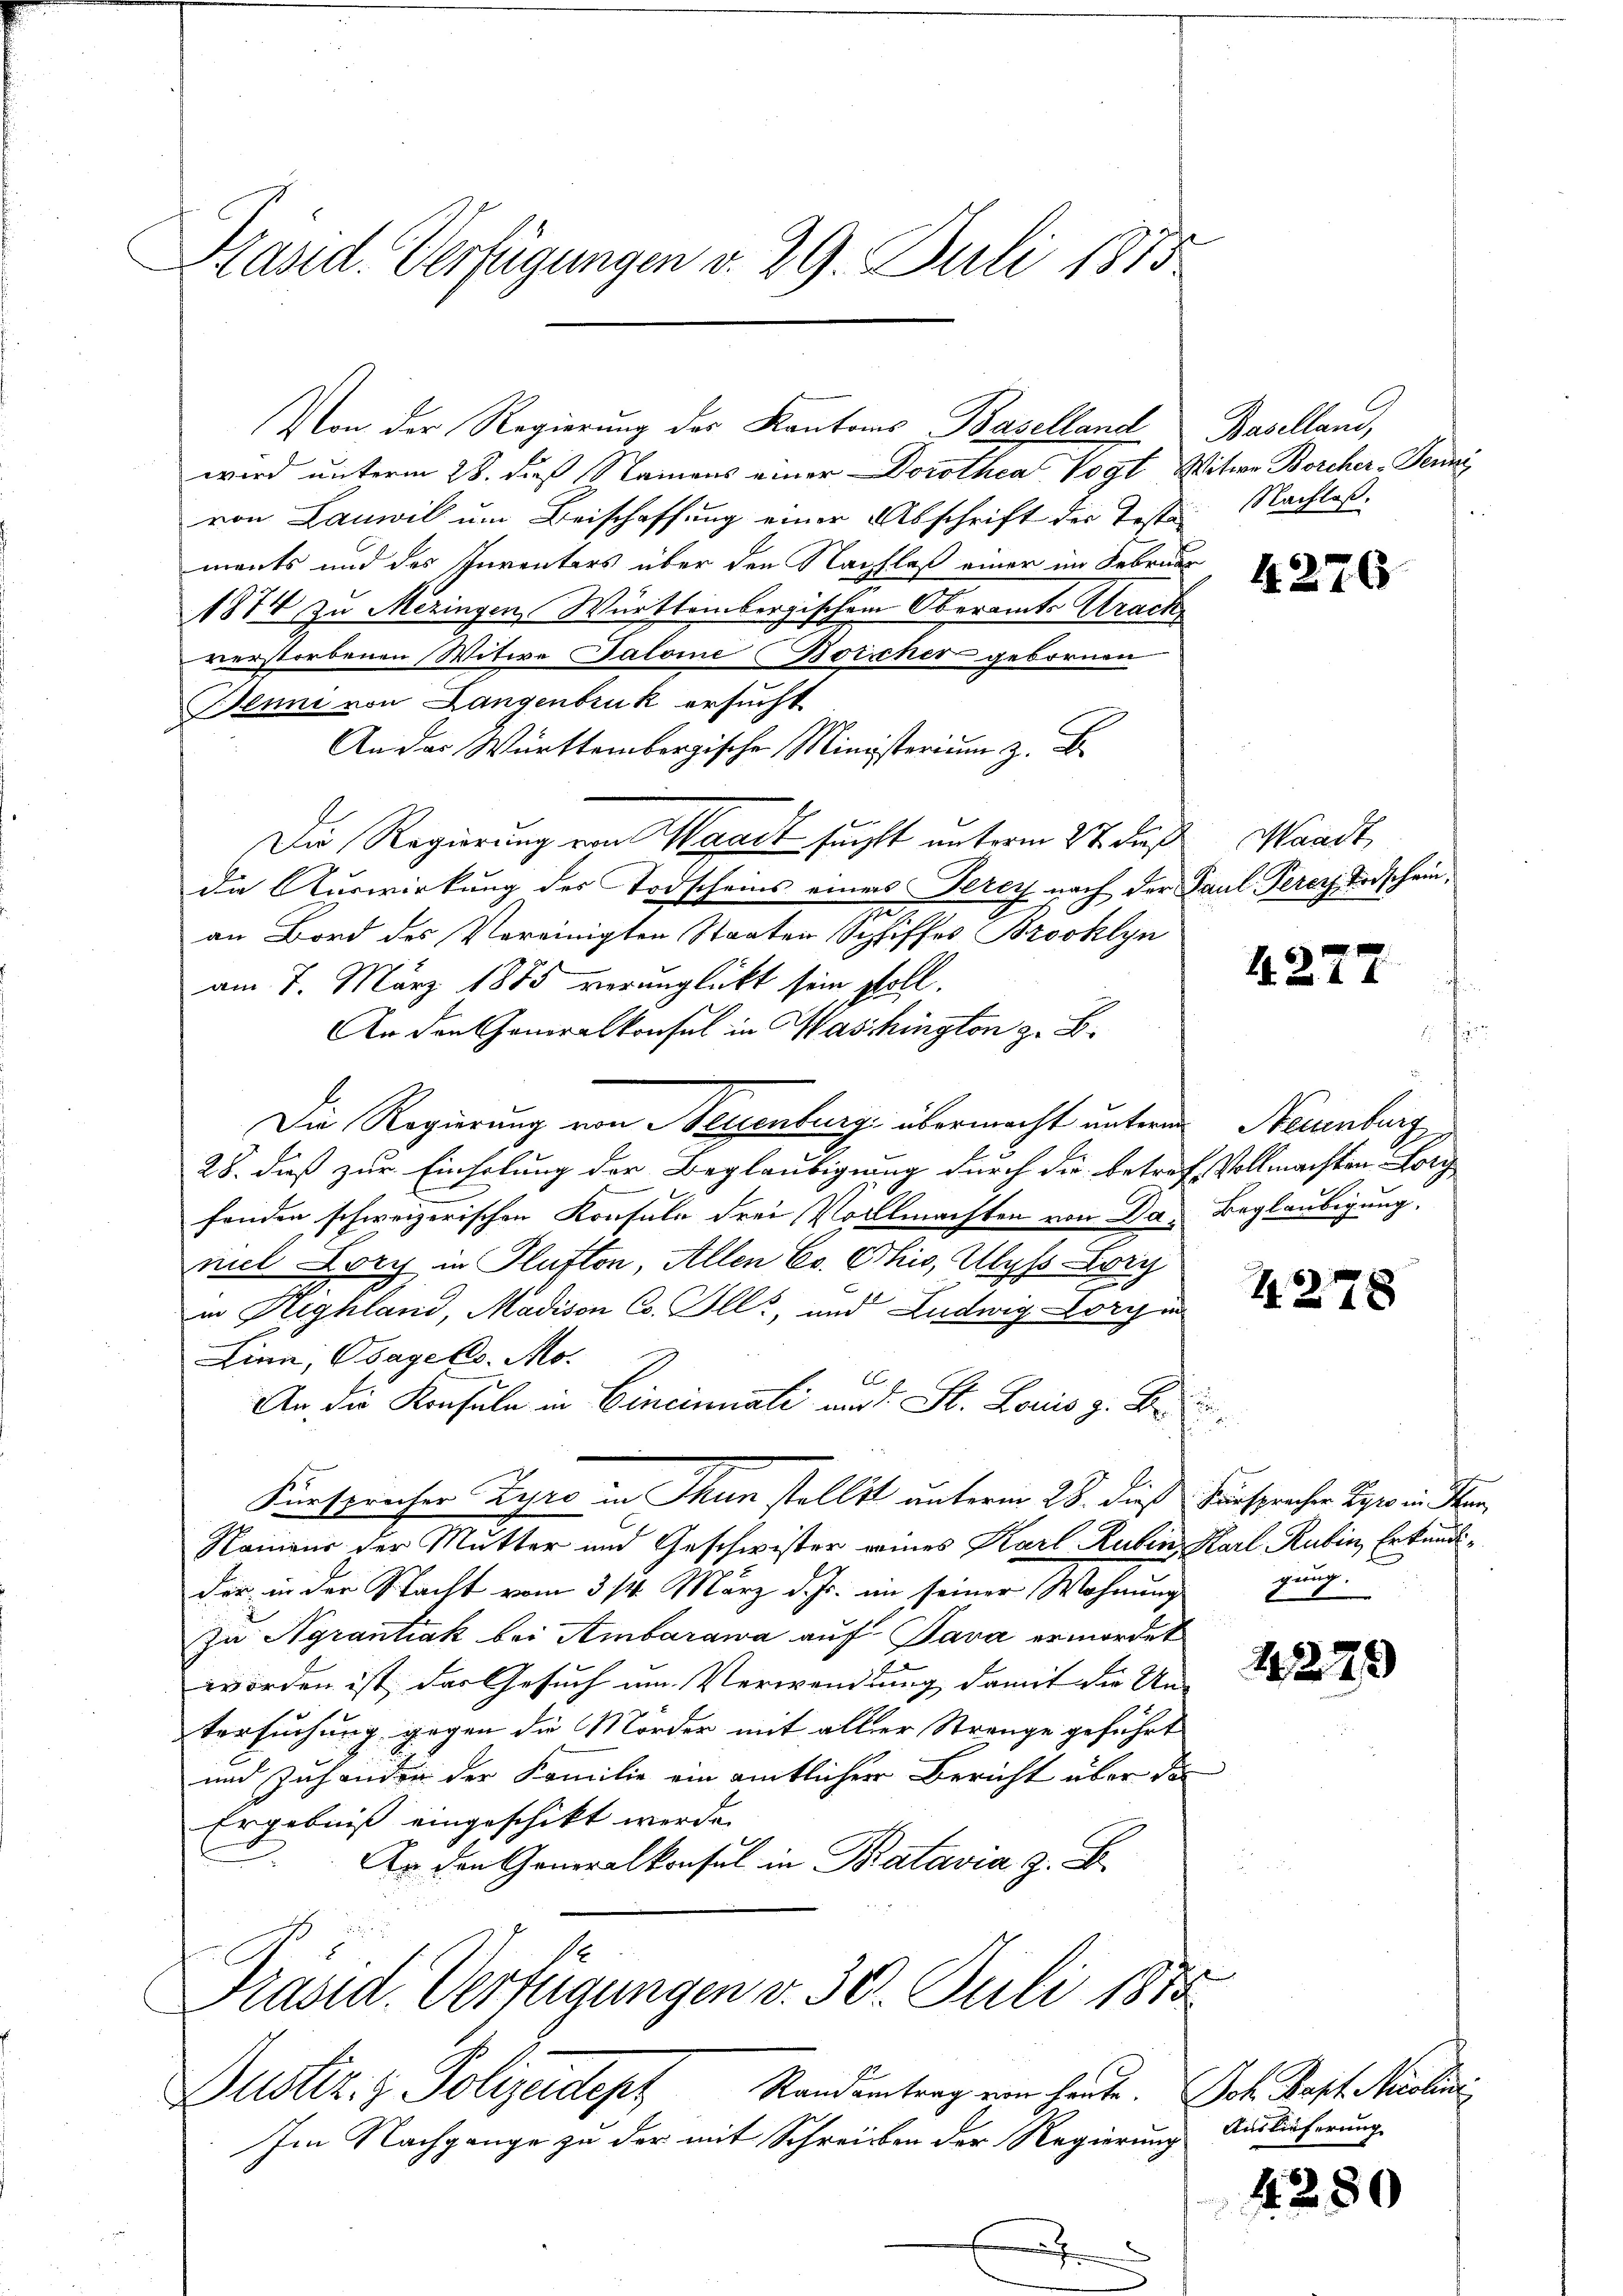
Präsid. Verfügungen v. 29. Juli 1873

Von der Regierung des Kantons Baselland Baselland,
wird unterm 28. dieß Namens einer Dorothea Vogt Witwe Borcher-Termi
von Lanwil um Beischaffung einer Abschrift der Teste Nachlaß
ments und des Inventers über den Nachlaß einer im Februar
1874 zu Meringen, Württembergischem Oberamts Arack
verstorbenen Witwe Salome Boischer gebornen
Benni von Langenbruk ersucht
An das Württembergischen Ministerium z. B.
Die Regierung von Waadt sucht unterm 27. daß Waadt,
die Auswirkung der Todscheins eines Terey nach der Paul Perer Todschein,
an Bord des Vereinigten Staaten Schiffes Brooklyn
am 7. März 1885 verunglückt sein soll.
An den Generalkonsul in Waschington z. B.
Die Regierung von Neuenburg übermacht unterm Neuenburg,
28. daß zur Einholung der Beglaubigung durch die betref Vollmachten Lorg
fonden schweizerischen Konsula drei Vollmachten von Das Beglaubigung,
niel Lory in Hufton, Allen Co. Ohio, Ulyss Lorz
in Highland, Madison Co. Ill., und Ludwig Lori in
Linn, Obagels. Mo.
C
An die Konsula in Cincinuati am 1. St. Loris z. B.
Fürsprechen Zyro in Thun stellt unterm 28. dieß Fürspracher Beer in Stan
Romens der Mutter und Geschwister reines Karl Ruben, Karl Rubin, Erkundider in der Stacht vom 314. März d. Js. im seiner Wohnung gung
Zu Agrantiak bei Ambarawa auf Java ermordet
worden ist, das Gesuch um Verwandlung damit die Un-
tersuchung gegen die Mörder mit aller Strange geführt
und Zuhander der Familie ein amtlicher Bericht über die
Ergebniß eingeschikt werde.
Ar den Generalkonsul in Batavia z. B.
Präsid. Verfügungen v. 30. Juli 1885
Justiz- & Polizeideph Standentrag von heute. Joh. Bapt. Niclini
Im Nachgange zu der mit Schreiben der Regierung

.

4276

4277

4278

1279)

Auslieferung

4280